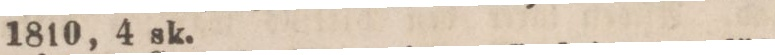
1810, 4 sk.